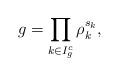
LaTeX: \begin{align*}g = \prod_{k \in I_g^c} \rho_k^{s_k},\end{align*}